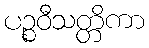
ပဉ္စဝီသတ္တိကာ